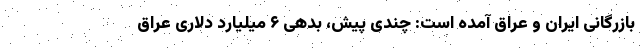
بازرگانی ایران و عراق آمده است: چندی پیش، بدهی ۶ میلیارد دلاری عراق